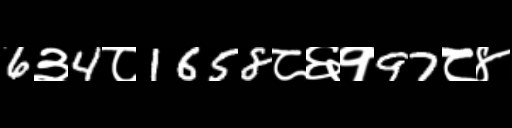
Text: 6३4८1658८६१97८४